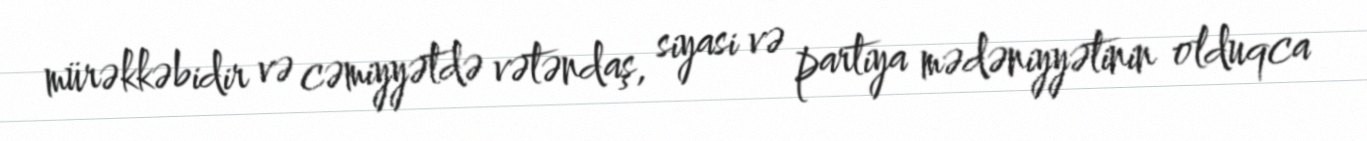
mürəkkəbidir və cəmiyyətdə vətəndaş, siyasi və partiya mədəniyyətinin olduqca